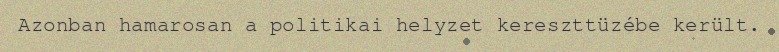
Azonban hamarosan a politikai helyzet kereszttüzébe került.